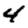
Digit: 4